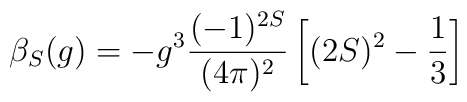
\beta_S(g) =-g^3\frac{(-1)^{2S}}{(4\pi)^2}\left[(2S)^2-\frac{1}{3}\right]